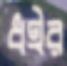
ধইর